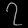
Digit: ၇